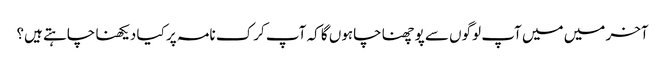
آخر میں میں آپ لوگوں سے پوچھنا چاہوں گا کہ آپ کرک نامہ پر کیا دیکھنا چاہتے ہیں؟